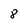
Character: 8